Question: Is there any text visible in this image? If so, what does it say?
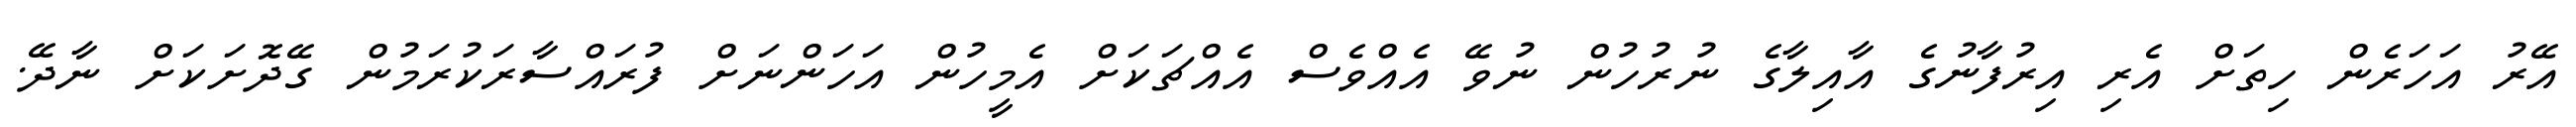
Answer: އޭރު އަހަރެން ހިތަށް އެރި އިރުފާނުގެ އާއިލާގެ ނުރުހުން ނުވޭ އެއްވެސް އެއްޗަކަށް އެމީހުން އަހަންނަށް ފުރައްސާރަކުރަމުން ގޭދޮށަކަށް ނާދޭ.